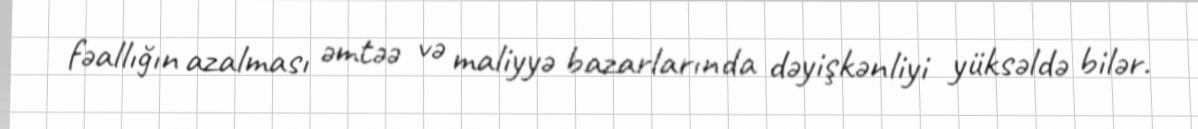
fəallığın azalması əmtəə və maliyyə bazarlarında dəyişkənliyi yüksəldə bilər.